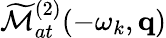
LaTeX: \widetilde{\cal M}_{at}^{(2)}(-\omega_{k},\mathbf{q})